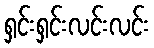
ရှင်းရှင်းလင်းလင်း